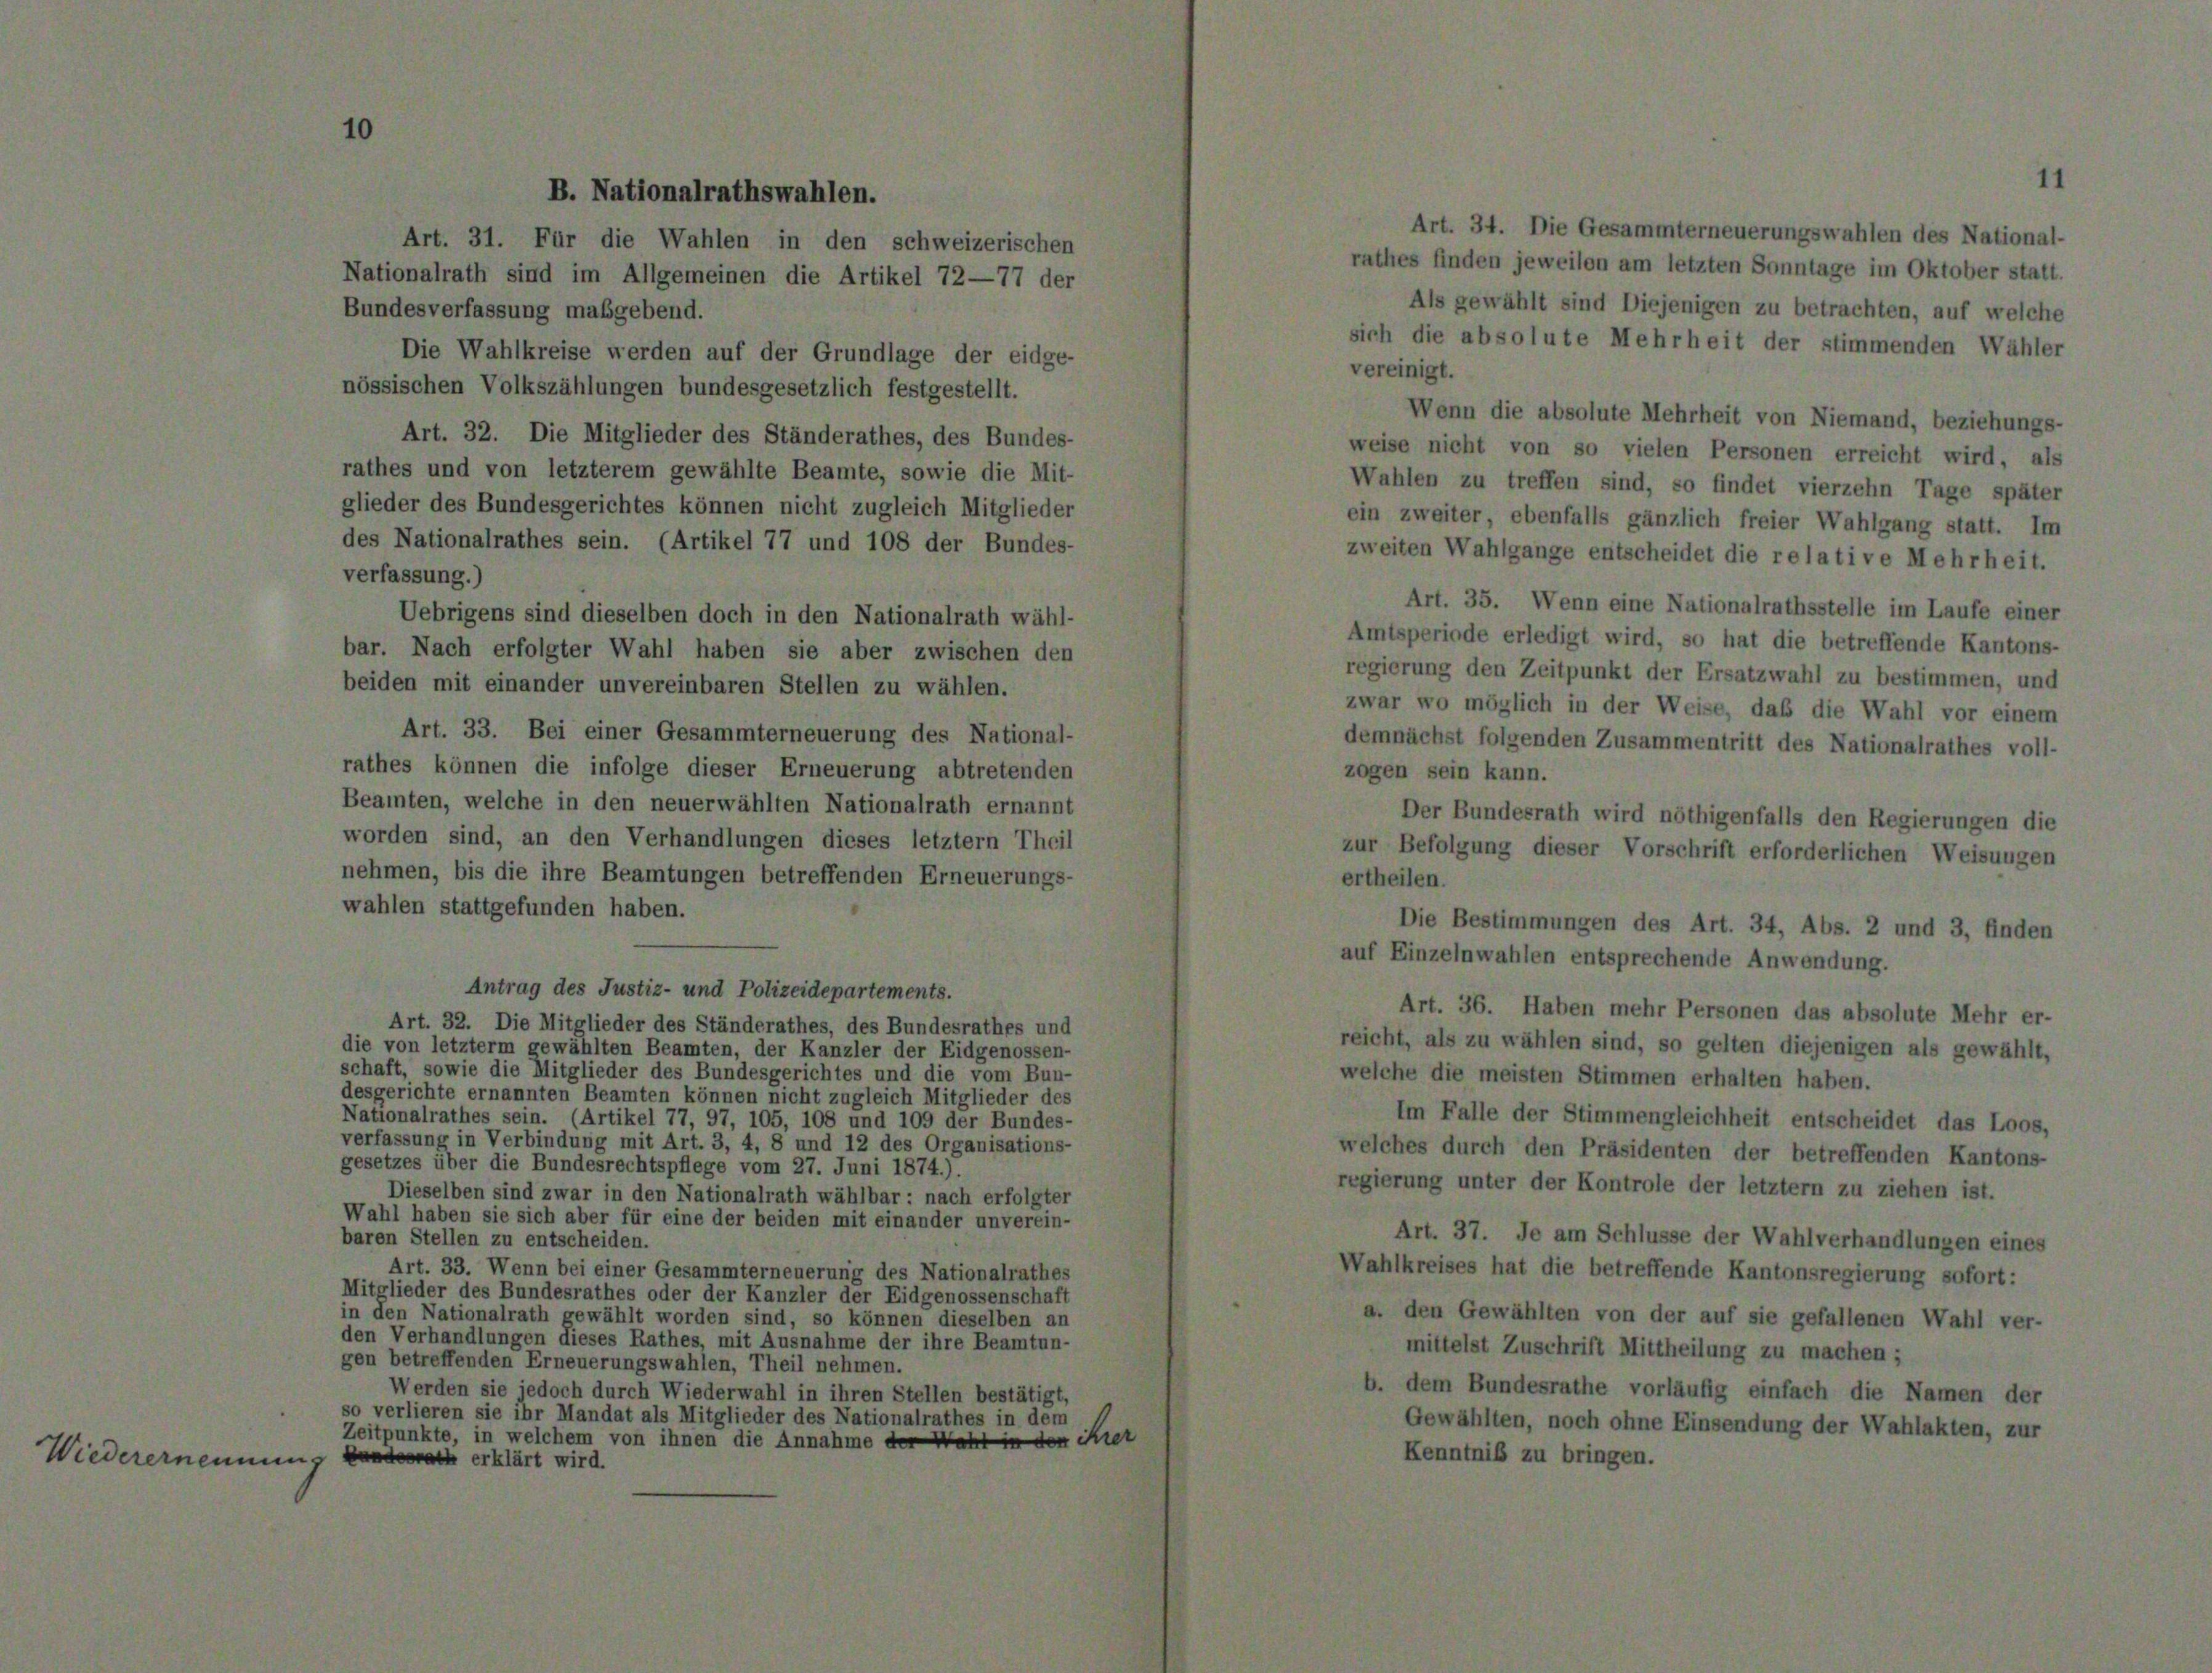
B.

lrathsw
len.

Art. 34. Die Gesammterneuerungswahlen des National-
Art. 31. Für die Wahlen in den schweizerischen
rathes finden jeweilen am letzten Sonntage im Oktober statt.
Nationalrath sind im Allgemeinen die Artikel 72—77 der
Als gewählt sind Diejenigen zu betrachten, auf welche
Bundesverfassung maßgebend.
sich die absolute Mehrheit der stimmenden Wähler
Die Wahlkreise werden auf der Grundlage der eidge-
vereinigt.
nössischen Volkszählungen bundesgesetzlich festgestellt.
Wenn die absolute Mehrheit von Niemand, beziehungs-
Art. 32. Die Mitglieder des Ständerathes, des Bundes-
weise nicht von so vielen Personen erreicht wird, als
rathes und von letzterem gewählte Beamte, sowie die Mit-
Wahlen zu treffen sind, so findet vierzehn Tage später
glieder des Bundesgerichtes können nicht zugleich Mitglieder
ein zweiter, ebenfalls gänzlich freier Wahlgang statt. Im
des Nationalrathes sein. (Artikel 77 und 108 der Bundes-
zweiten Wahlgange entscheidet die relative Mehrheit.
verfassung.)
Art. 35. Wenn eine Nationalrathsstelle im Laufe einer
Uebrigens sind dieselben doch in den Nationalrath wähl-
Amtsperiode erledigt wird, so hat die betreffende Kantons-
bar. Nach erfolgter Wahl haben sie aber zwischen den
regierung den Zeitpunkt der Ersatzwahl zu bestimmen, und
beiden mit einander unvereinbaren Stellen zu wählen.
zwar wo möglich in der Weise, daß die Wahl vor einem
Art. 33. Bei einer Gesammterneuerung des National-
demnächst folgenden Zusammentritt des Nationalrathes voll-
rathes können die infolge dieser Erneuerung abtretenden
zogen sein kann.
Beamten, welche in den neuerwählten Nationalrath ernannt
Der Bundesrath wird nöthigenfalls den Regierungen die
worden sind, an den Verhandlungen dieses letztem Theil
zur Befolgung dieser Vorschrift erforderlichen Weisungen
nehmen, bis die ihre Beamtungen betreffenden Erneuerungs-
ertheilen.
wahlen stattgefunden haben.
Die Bestimmungen des Art. 34, Abs. 2 und 3, finden
auf Einzelnwahlen entsprechende Anwendung.
Antrag des Justiz- und Polizeidepartements.
Art. 36. Haben mehr Personen das absolute Mehr er-
Art. 32. Die Mitglieder des Ständerathes, des Bundesrathes und
reicht, als zu wählen sind, so gelten diejenigen als gewählt,
die von letzterm gewählten Beamten, der Kanzler der Eidgenossen-
schaft, sowie die Mitglieder des Bundesgerichtes und die vom Bun-
welche die meisten Stimmen erhalten haben.
desgerichte ernannten Beamten können nicht zugleich Mitglieder des
Nationalrathes sein. (Artikel 77, 97, 105, 108 und 109 der Bundes-
Im Falle der Stimmengleichheit entscheidet das Loos,
verfassung in Verbindung mit Art. 3, 4, 8 und 12 des Organisations-
welches durch den Präsidenten der betreffenden Kantons-
gesetzes über die Bundesrechtspflege vom 27. Juni 1874.).
regierung unter der Kontrole der letztem zu ziehen ist.
Dieselben sind zwar in den Nationalrath wählbar: nach erfolgter
Wahl haben sie sich aber für eine der beiden mit einander unverein-
Art. 37. Je am Schlüsse der Wahlverhandlungen eines
baren Stellen zu entscheiden.
Art. 33. Wenn bei einer Gesammterneuerung des Nationalrathes
Wahlkreises hat die betreffende Kantonsregierung sofort:
Mitglieder des Bundesrathes oder der Kanzler der Eidgenossenschaft
a. den Gewählten von der auf sie gefallenen Wahl ver-
in den Nationalrath gewählt worden sind, so können dieselben an
den Verhandlungen dieses Rathes, mit Ausnahme der ihre Beamtun-
mittelst Zuschrift Mittheilung zu machen ;
gen betreffenden Erneuerungswahlen, Theil nehmen.
b. dem Bundesrathe vorläufig einfach die Namen der
Werden sie jedoch durch Wiederwahl in ihren Stellen bestätigt,
so verlieren sie ihr Mandat als Mitglieder des Nationalrathes in dem
Gewählten, noch ohne Einsendung der Wahlakten, zur
Zeitpunkte, in welchem von ihnen die Annahme der Wahl in den Kret
Kenntniß zu bringen.
Wiederernennung an erklärt wird.